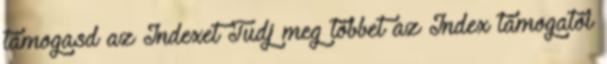
támogasd az Indexet Tudj meg többet az Index támogatói